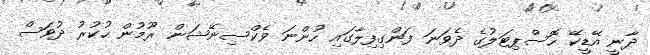
ދާނީ އޭޑީކޭ ހޮސްޕިޓަލުގެ ދެވަނަ ފަންގިފިލާގައި ހުންނަ ވެކްސިނޭޝަން ރޫމުން ހުކުރު ދުވަސް